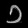
Digit: ၁